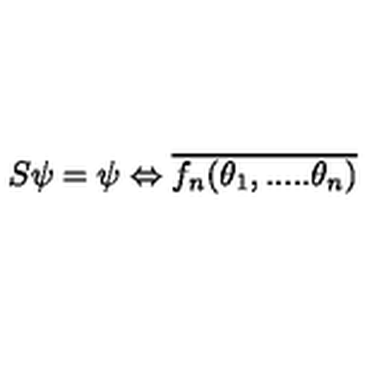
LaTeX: S \psi = \psi \Leftrightarrow \overline { { f _ { n } ( \theta _ { 1 } , . . . . . \theta _ { n } ) } }